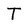
Character: T